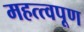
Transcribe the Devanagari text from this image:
महत्त्वपूण